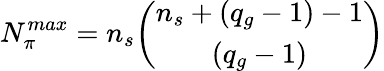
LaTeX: N_{\pi}^{max}=n_{s}\binom{n_{s}+(q_{g}-1)-1}{(q_{g}-1)}